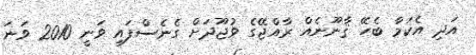
އަދި އެކަމާ ބެހޭ ޤާނޫނެއް ރާއްޖޭގެ ވުޖޫދަށް ގެނެސްފައި ވަނީ 2010 ވަނަ